Report on vaccination in the Province of Bengal - 1874-1889
Year: 1874
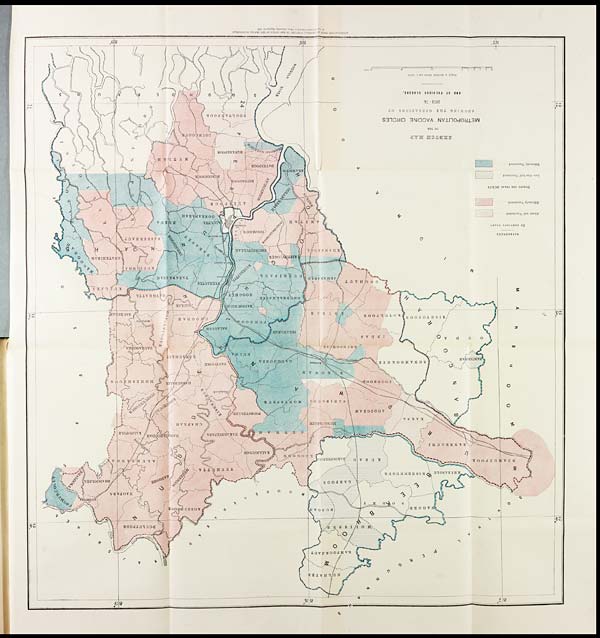
LITHOGRAPHED FROM AN ORIGINAL SUPPLIED BY THE OFFICE OF THE BENGAL SECRETARIAT
at the surveyor General's Officer Culcutta september- 1899